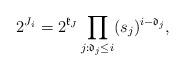
LaTeX: \begin{align*} 2^{J_i}=2^{\mathfrak{k}_J} \prod_{j:\mathfrak{d}_j\leq i}(s_j)^{i-\mathfrak{d}_j},\end{align*}